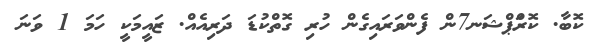
ކޮބާ. ކޮރަްޕްޝަނ7ން ފެންވަރައިގެން ހުރި ގޮތްކުޑަ ދަރިއެއް. ޒައީމަކީ ހަމަ 1 ވަނަ